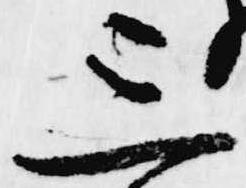
三